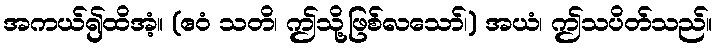
အကယ်၍ထိအံ့။ (ဧဝံ သတိ၊ ဤသို့ဖြစ်လသော်၊) အယံ၊ ဤသပိတ်သည်။